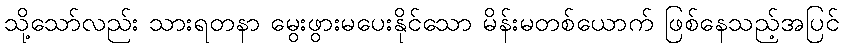
သို့သော်လည်း သားရတနာ မွေးဖွားမပေးနိုင်သော မိန်းမတစ်ယောက် ဖြစ်နေသည့်အပြင်